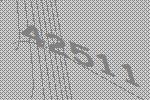
42511